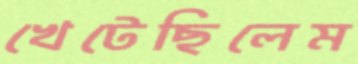
খেটেছিলেম